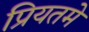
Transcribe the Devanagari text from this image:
प्रियतमे